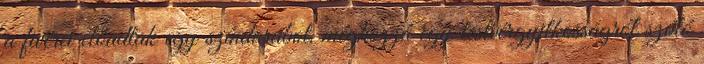
a fivérei előadtak egy színdarabot, méghozzá egy testvérgyilkosságról szóló